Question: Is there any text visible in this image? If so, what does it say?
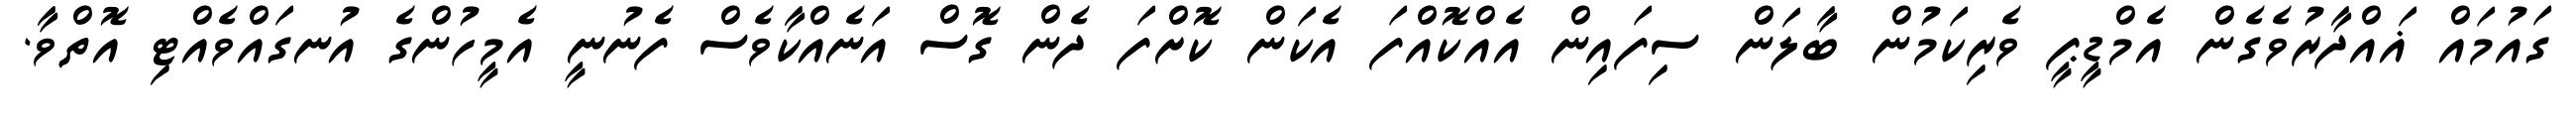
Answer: ގައުމައް ޣައްދާރުވެގެން އެމްޑީޕީ ވެރިކަމުން ބާލަން ސިފައިން އެއްކޮއްފަ އެކަން ކޮށްފަ ދެން ގޮސް އަނެއްކާވެސް ފެނުނީ އެމީހުންގެ އުނގައްވެއްޓި އޮތްވާ.